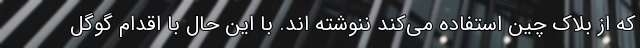
که از بلاک چین استفاده می‌کند ننوشته اند. با این حال با اقدام گوگل